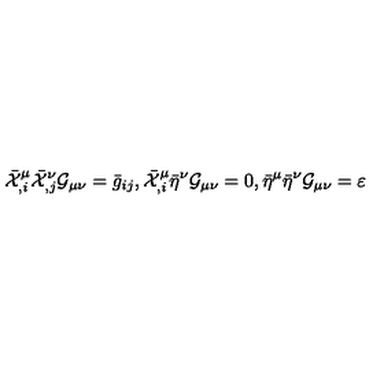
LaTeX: \bar { \cal X } _ { , i } ^ { \mu } \bar { \cal X } _ { , j } ^ { \nu } { \cal G } _ { \mu \nu } = \bar { g } _ { i j } , \bar { \cal X } _ { , i } ^ { \mu } \bar { \eta } ^ { \nu } { \cal G } _ { \mu \nu } = 0 , \bar { \eta } ^ { \mu } \bar { \eta } ^ { \nu } { \cal G } _ { \mu \nu } = \varepsilon